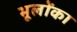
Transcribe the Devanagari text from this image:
भूलोंका